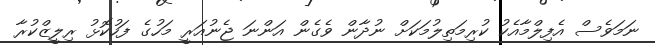
ނަމަވެސް އެފިލްމާއެކު ކުރިމަތިލުމަކަށް ނުދާން ވެގެން އަންނަ ޖެނުއަރީ މަހުގެ ފަހުކޮޅު ރިލީޒްކުރާ